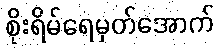
စိုးရိမ်ရေမှတ်အောက်